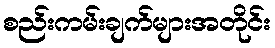
စည်းကမ်းချက်များအတိုင်း